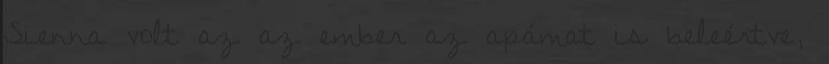
Sienna volt az az ember az apámat is beleértve,